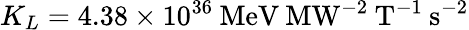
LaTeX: K_{L}=4.38\times 10^{36}\mathrm{\: MeV\: MW^{-2}\: T^{-1}\: s^{-2}}